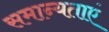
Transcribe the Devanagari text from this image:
समान्यताएं